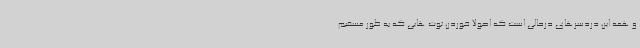
و همه این دردسرهای درحالی است که اصولا خوردن توت هایی که به طور مسقیم